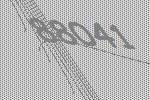
88041